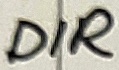
Text: DIR